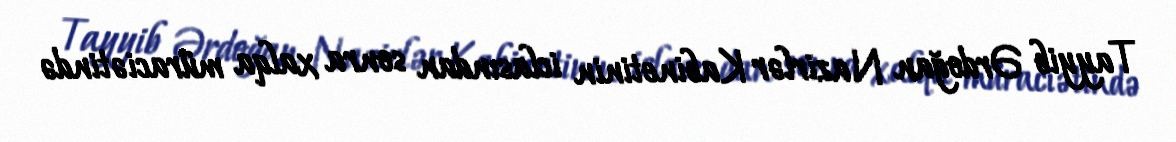
Tayyib Ərdoğan Nazirlər Kabinetinin iclasından sonra xalqa müraciətində